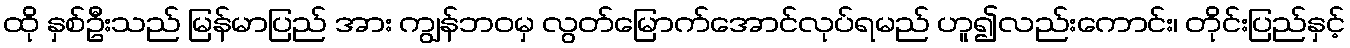
ထို နှစ်ဦးသည် မြန်မာပြည် အား ကျွန်ဘဝမှ လွတ်မြောက်အောင်လုပ်ရမည် ဟူ၍လည်းကောင်း၊ တိုင်းပြည်နှင့်